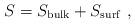
LaTeX: \begin{align*} S = S_{\mathrm{bulk}} + S_{\mathrm{surf}}~,\end{align*}